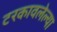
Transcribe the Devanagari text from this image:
टरकावलेल्या